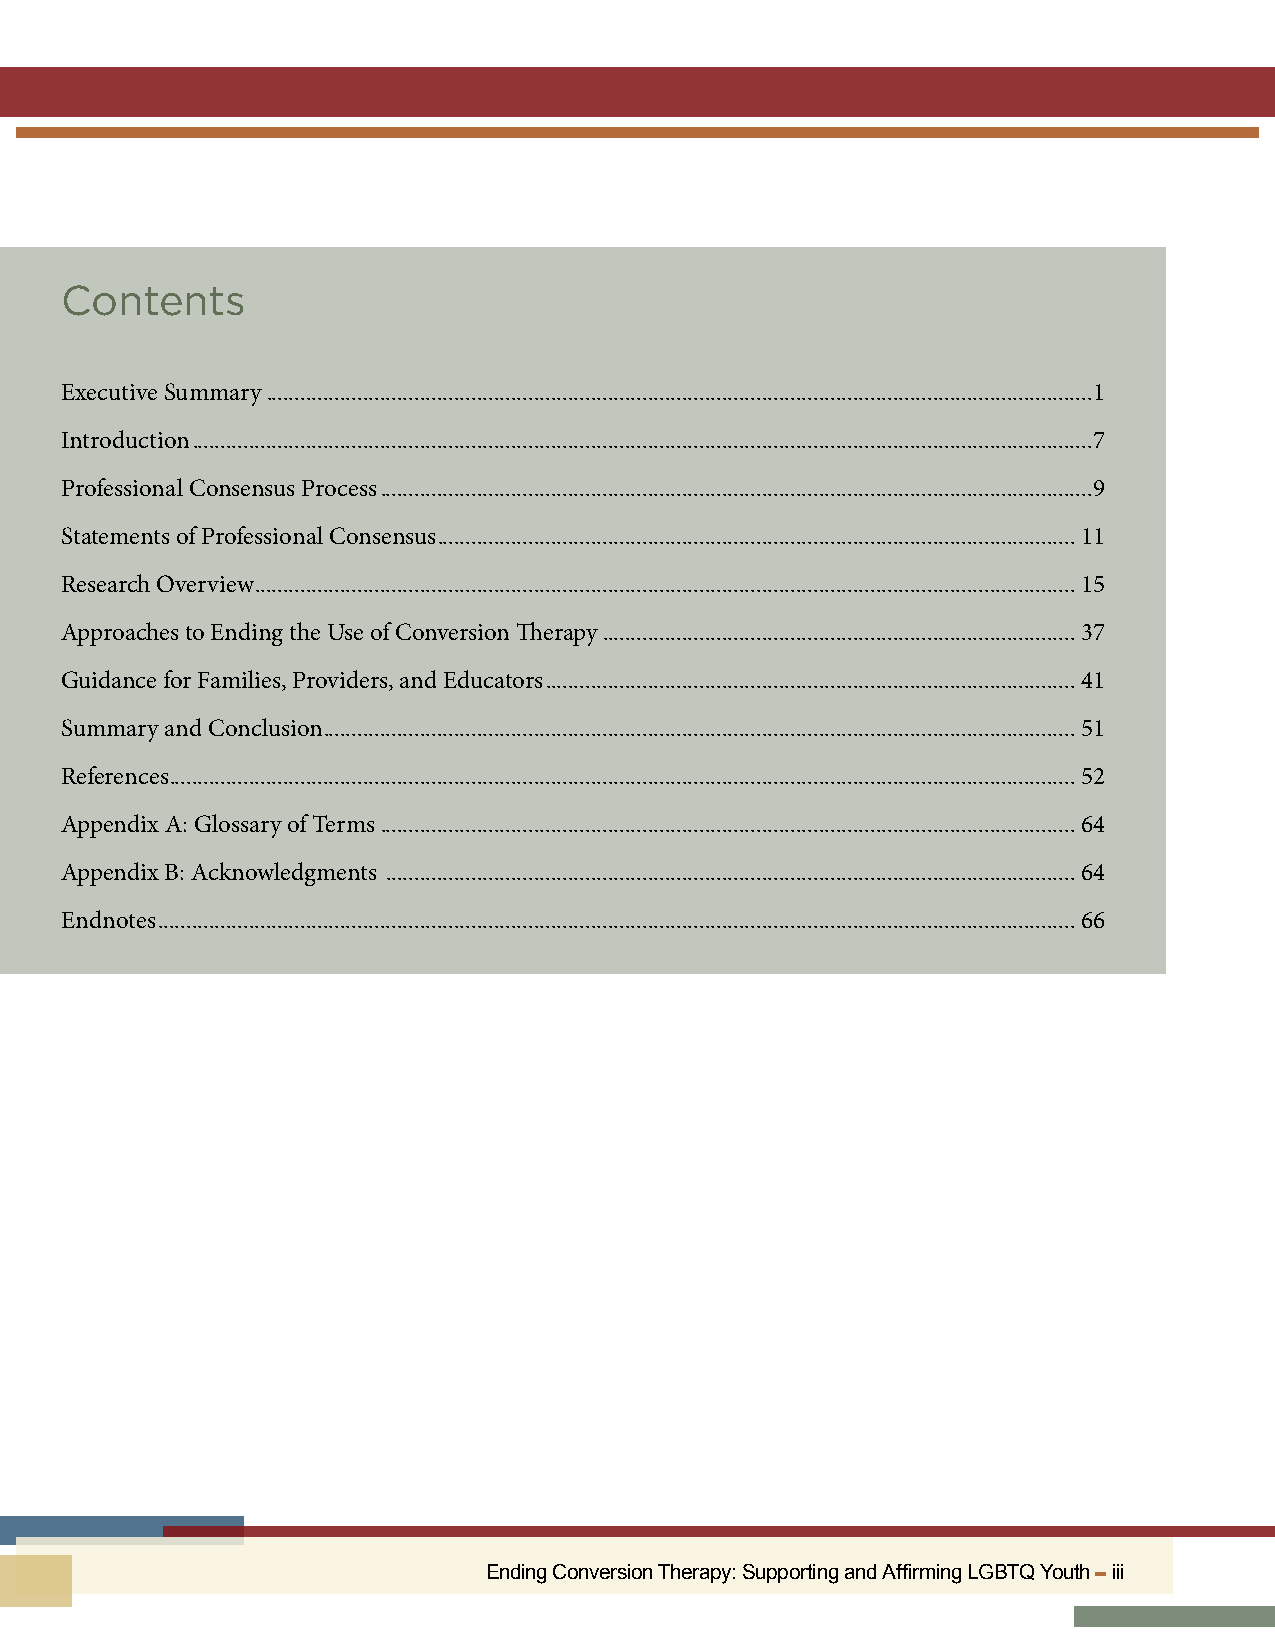
Contents
 Executive Summary .................................................................................................................................................1
 Introduction ..............................................................................................................................................................7
 Professional Consensus Process .............................................................................................................................9
 Statements of Professional Consensus ................................................................................................................ 11
 Research Overview ................................................................................................................................................ 15
 Approaches to Ending the Use of Conversion Therapy ................................................................................... 37
 Guidance for Families, Providers, and Educators ............................................................................................. 41
 Summary and Conclusion .................................................................................................................................... 51
 References ............................................................................................................................................................... 52
 Appendix A: Glossary of Terms .......................................................................................................................... 64
 Appendix B: Acknowledgments .........................................................................................................................64
 Endnotes ................................................................................................................................................................. 66
 Ending Conversion Therapy: Supporting and Affirming LGBTQ Youth ▬ iii